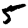
Digit: 5